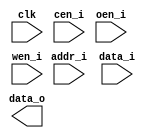
module db_ram_1p_28x480 (
		        clk    ,
		        cen_i  ,
		        oen_i  ,
		        wen_i  ,
		        addr_i ,
		        data_i ,		
		        data_o		        
);

// ********************************************
//                                             
//    Parameter DECLARATION                    
//                                             
// ********************************************
parameter                 Word_Width = 28;
parameter                 Addr_Width = 9;

// ********************************************
//                                             
//    Input/Output DECLARATION                    
//                                             
// ********************************************
input                     clk;      // clock input
input   		          cen_i;    // chip enable, low active
input   		          oen_i;    // data output enable, low active
input   		          wen_i;    // write enable, low active
input   [Addr_Width-1:0]  addr_i;   // address input
input   [Word_Width-1:0]  data_i;   // data input
output	[Word_Width-1:0]  data_o;   // data output

// ********************************************
//                                             
//    Logic DECLARATION                 
//                                             
// ********************************************
`ifdef RTL_MODEL
ram_1p  #(
				.Word_Width ( Word_Width ),
				.Addr_Width ( Addr_Width )
)
ram_1p_28x480(
				.clk    ( clk         ),  
				.cen_i  ( cen_i       ),
				.wen_i  ( wen_i       ),  
				.oen_i  ( oen_i       ),
		        .addr_i ( addr_i 	  ),
		        .data_i ( data_i      ),
		        .data_o ( data_o      )
);
`endif

endmodule